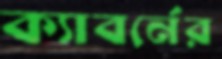
ক্যাবর্নের